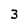
Character: 3